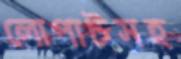
লোপাটসহ